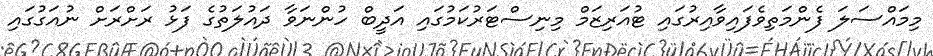
މިމައްސަލަ ފެންމަތިވެފައިވާއިރުގައި ޓުއަރިޒަމް މިނިސްޓަރުކަމުގައި އަދީބް ހުންނަވާ ދައުލަތުގެ ފަޅު ރަށްރަށް ނުއަގުގައި